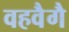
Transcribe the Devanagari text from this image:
वहवैगै